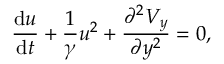
\frac { \mathrm { d } u } { \mathrm { d } t } + \frac { 1 } { \gamma } u ^ { 2 } + \frac { \partial ^ { 2 } V _ { y } } { \partial y ^ { 2 } } = 0 ,